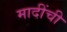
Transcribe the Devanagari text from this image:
मादींची